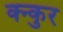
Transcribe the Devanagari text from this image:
क्न्कुर